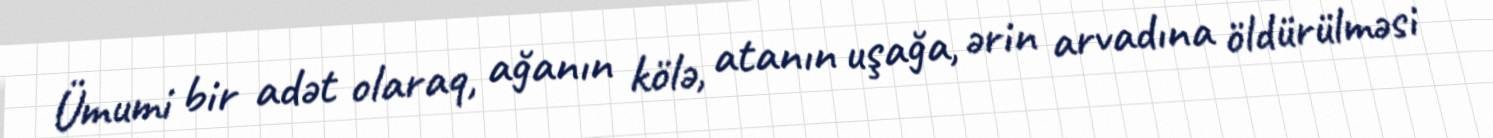
Ümumi bir adət olaraq, ağanın kölə, atanın uşağa, ərin arvadına öldürülməsi